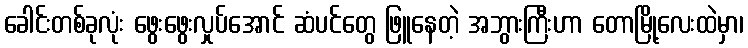
ခေါင်းတစ်ခုလုံး ဖွေးဖွေးလှုပ်အောင် ဆံပင်တွေ ဖြူနေတဲ့ အဘွားကြီးဟာ တောမြို့လေးထဲမှာ၊